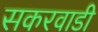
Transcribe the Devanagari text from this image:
सकरवाडी